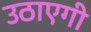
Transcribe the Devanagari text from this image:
उठाएगी